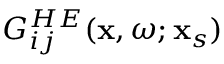
G _ { i j } ^ { H E } ( \mathbf { x } , \omega ; \mathbf { x } _ { s } )